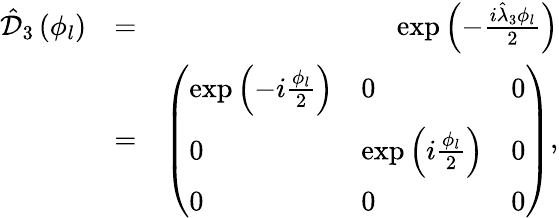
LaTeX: \begin{array}{rlr}{\hat{\mathcal D}_{3}\left(\phi_{l}\right)}&{=}&{\exp\left(-\frac{i\hat{\lambda}_{3}\phi_{l}}{2}\right)}\\ &{=}&{\left(\begin{array}{lll}{\exp\left(-i\frac{\phi_{l}}{2}\right)}&{0}&{0}\\ {0}&{\exp\left(i\frac{\phi_{l}}{2}\right)}&{0}\\ {0}&{0}&{0}\end{array}\right),}\end{array}